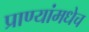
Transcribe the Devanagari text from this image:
प्राण्यांमधेच